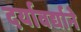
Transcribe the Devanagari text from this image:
दर्यावर्द्याने